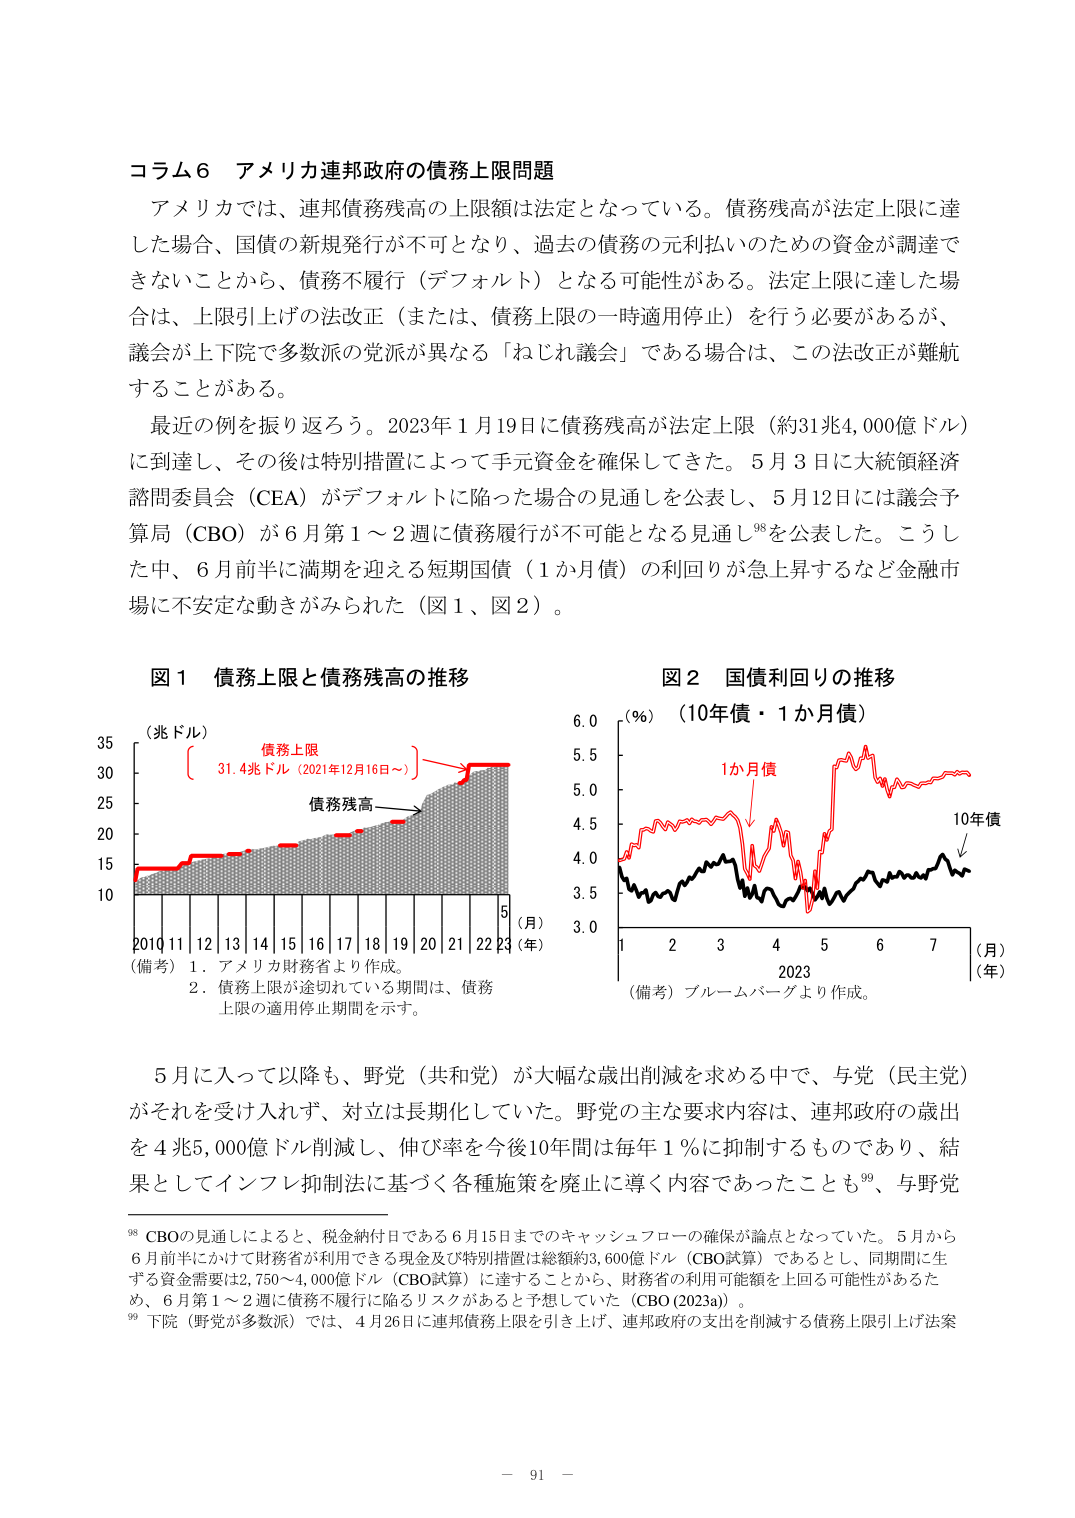
コラム６ アメリカ連邦政府の債務上限問題

アメリカでは、連邦債務残高の上限額は法定となっている。債務残高が法定上限に達した場合、国債の新規発行が不可となり、過去の債務の元利払いのための資金が調達できないことから、債務不履行（デフォルト）となる可能性がある。法定上限に達した場合は、上限引き上げの法改正（または、債務上限の一時適用停止）を行う必要があるが、議会が上下院で多数派の党派が異なる「ねじれ議会」である場合は、この法改正が難航することがある。

最近の例を振り返ろう。2023年1月19日に債務残高が法定上限（約31兆4,000億ドル）に到達し、その後は特別措置によって手元資金を確保してきた。5月3日に大統領経済諮問委員会（CEA）がデフォルトに陥った場合の見通しを公表し、5月12日には議会予算局（CBO）が6月第1～2週に債務履行が不可能となる見通し⁹⁸を公表した。こうした中、6月前半に満期を迎える短期国債（1か月債）の利回りが急上昇するなど金融市場に不安定な動きがみられた（図1、図2）。

図1 債務上限と債務残高の推移

（兆ドル）
35
30
25
20
15
10
2010 11 12 13 14 15 16 17 18 19 20 21 22 23 （月）
（年）

（備考）1．アメリカ財務省より作成。
　　　2．債務上限が途切れている期間は、債務上限の適用停止期間を示す。

図2 国債利回りの推移

（％）（10年債・1か月債）
6.0
5.5
5.0
4.5
4.0
3.5
3.0
1 2 3 4 5 6 7 （月）
2023 （年）

（備考）ブルームバーグより作成。

5月に入って以降も、野党（共和党）が大幅な歳出削減を求める中で、与党（民主党）がそれを受け入れず、対立は長期化していた。野党の主な要求内容は、連邦政府の歳出を4兆5,000億ドル削減し、伸び率を今後10年間は毎年1％に抑制するものであり、結果としてインフレ抑制法に基づく各種施策を廃止に導く内容であったことも⁹⁹、与野党

⁹⁸ CBOの見通しによると、税金納付日である6月15日までのキャッシュフローの確保が論点となっていた。5月から6月前半にかけて財務省が利用できる現金及び特別措置は総額約3,600億ドル（CBO試算）であるとし、同期間に生ずる資金需要は2,750～4,000億ドル（CBO試算）に達することから、財務省の利用可能額を上回る可能性があるため、6月第1～2週に債務不履行に陥るリスクがあると予想していた（CBO(2023a)）。

⁹⁹ 下院（野党が多数派）では、4月26日に連邦債務上限を引き上げ、連邦政府の支出を削減する債務上限引き上げ法案

－ 91 －